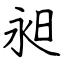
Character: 昶